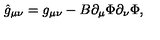
\hat { g } _ { \mu \nu } = g _ { \mu \nu } - B \partial _ { \mu } \Phi \partial _ { \nu } \Phi ,